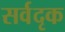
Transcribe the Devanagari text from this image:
सर्वदृक